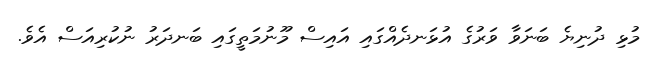
މުޅި ދުނިޔެ ބަނަވާ ވަރުގެ އުޅަނދެއްގައި އައިސް މޫނުމަތީގައި ބަނދަރު ނުކުރިއަސް އެވެ.